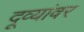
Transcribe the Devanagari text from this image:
दूव्यांवर